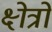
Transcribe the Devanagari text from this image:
क्ष्‍ोत्रों